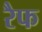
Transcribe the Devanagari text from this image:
रैफ